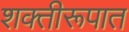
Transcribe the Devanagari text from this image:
शक्तीरूपात